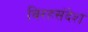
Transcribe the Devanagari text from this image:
विरहसंदेश